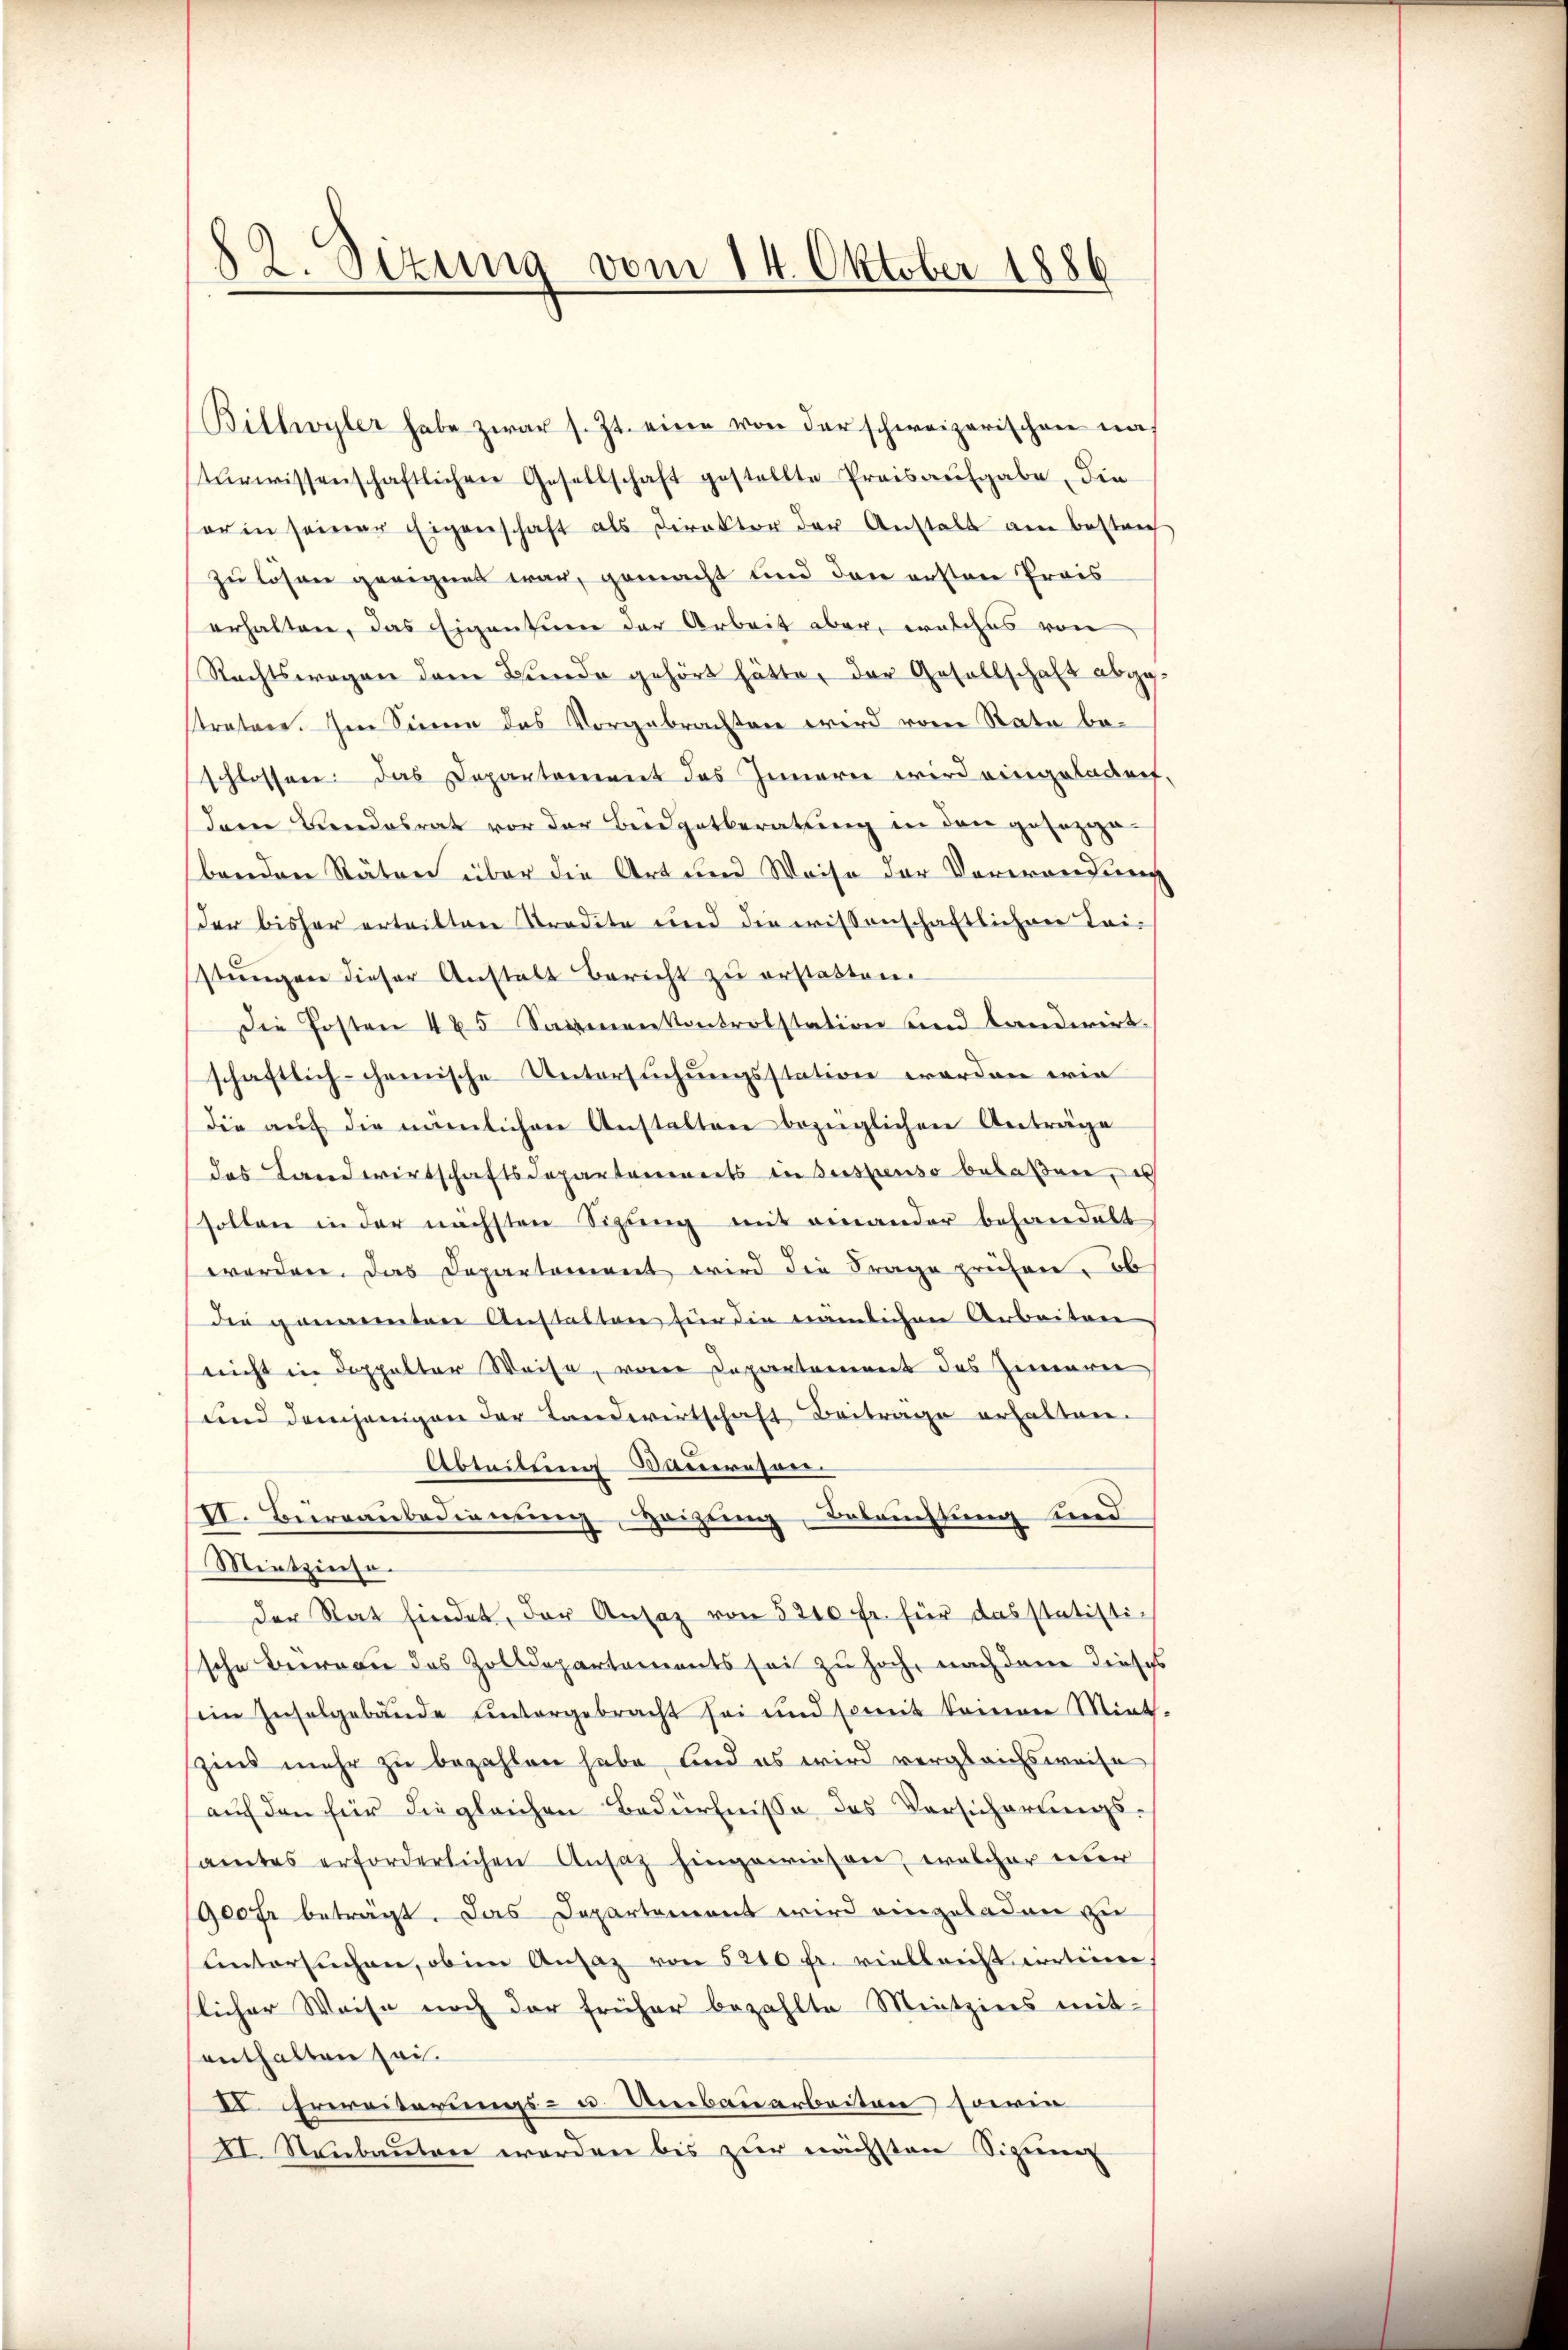
Billwyler habe zwar s. Zt. eine von der schweizerischen nach
turwissenschaftlichen Gesellschaft gestellte Preisaufgabe, die
sorin seiner Eigenschaft als Direktor der Anstalt am bestrich
zu lösen geeignet war, gemacht und den ersten Preis
erhalten, das Eigentum der Arbeit aber, welches von
Rechtswegen dem Bunde gehört hätte, der Gesellschaft abge¬
Pratore. Im Sinne das Vorgebrachten wird vom Rate beschlossen. Das Departement das Inneren wird eingeladen.
dann Bindesrat vor der Beidgetberatung in den gesezga-
benden Räten über die Art und Weise der Verwandung
der bisher erteilten Stradite und die wissenschaftlichen Lei-
stŭngen dieser Anstalt Bericht zu erstatten.
Die Posten 485 Saamenkontrolstation und landwirt.
schaftlich-chemische Untersuchungsstation werden wie
die aŭf die nämlichen Anstalten bezüglichen Anträge
das Landwirtschaftsdepartements in Suspenso belaßen, es
sollen in der nächsten Sizung mit einander behandelt
werden. Das Departament wird die Frage prüfen, ob
die genannten Anstalten für die nämlichen Arbeiten
nicht in doppelter Weise, von Departement des Innerei
und demjenigen der Landwirtschaft Beiträge erhalten.
Abteilung Saueresen.
II. Bureaubedienung, Heizung, Betrachtung und
Mietzinse.
der Rat findet, der Ansaz von 5210 fr. für das statistische Beeren des Zolldepartements sei zu hoch, nach dem dieses
ein Inselgebäŭde ŭntergebracht sei und somit keiner Miet-
zins mehr zu bezahlen habe, und es wird vergleichsweise
auf den für die gleichen Bedürfnisse des Versicherungsamtes erforderlichen Ansatz hingewiesen, welcher über
1900 fr beträgt. Das Departement wird eingeladen zu
untersuchen, ob in Ansaz von 520 Fr. vielleicht dortione
slicher Weise noch der früher bezahlte Mietzins mitenthalten sei.
II. Irereiterungs- u. Umbauarbeiten sowie
II. Nanbauten werden bis zur nächsten Sizung

82. Sezung vom 14. Oktober 1886